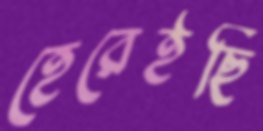
হেরেইছি